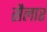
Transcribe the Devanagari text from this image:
सैलार